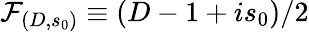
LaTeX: \mathcal{F}_{(D,s_{0})}\equiv(D-1+is_{0})/2